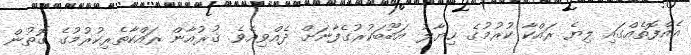
އެއްފޮތެއްގައި ލިޔެ ރައްކާ ކުރުމުގެ ޚިޔާލު އަބޫބަކުރުގެފާނަށް ދެއްވިއެވެ. ޤުރުއާން ރައްކާތެރިކުރުމުގެ ގޮތުން